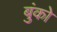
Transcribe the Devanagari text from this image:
बुंको